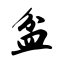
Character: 盆